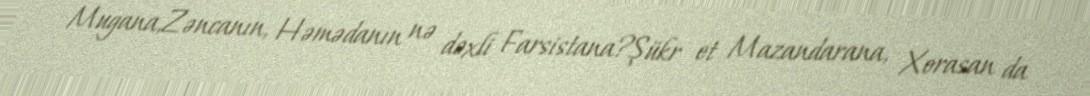
Mugana,Zəncanın, Həmədanın nə dəxli Farsistana?Şükr et Mazandarana, Xorasan da